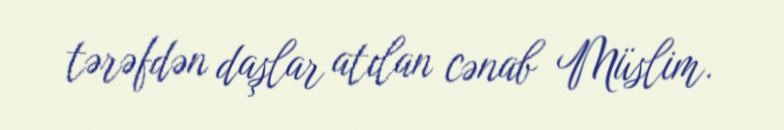
tərəfdən daşlar atılan cənab Müslim.